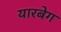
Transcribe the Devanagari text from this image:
यारबेग